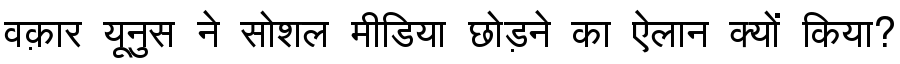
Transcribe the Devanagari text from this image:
वक़ार यूनुस ने सोशल मीडिया छोड़ने का ऐलान क्यों किया?